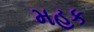
મહક